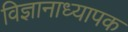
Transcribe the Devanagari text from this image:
विज्ञानाध्यापक